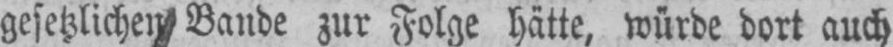
gesetzlichen Bande zur Folge hätte, würde dort auch